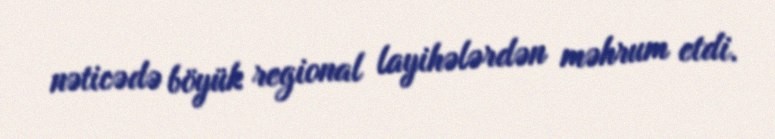
nəticədə böyük regional layihələrdən məhrum etdi.